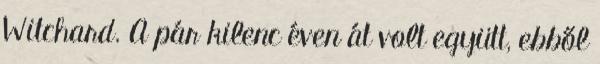
Witchard. A pár kilenc éven át volt együtt, ebből